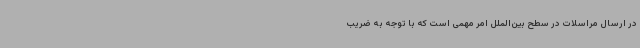
در ارسال مراسلات در سطح بین‌الملل امر مهمی است که با توجه به ضریب